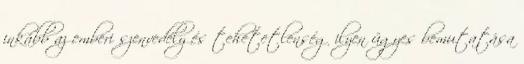
inkább az emberi szenvedély és tehetetlenség ilyen ügyes bemutatása